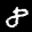
Label: 8